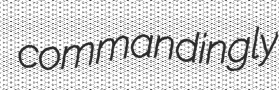
commandingly